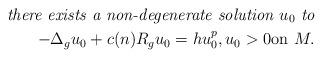
LaTeX: \begin{align*}\hbox{\em there exists a non-degenerate solution $u_0$ to} \\-\Delta _g u_0+c(n)R_g u _0=h u_0^p,u_0>0 \mbox{on }M.\end{align*}